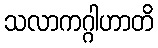
သလာကဂ္ဂါဟာတိ